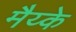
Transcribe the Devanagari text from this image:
मैय्के